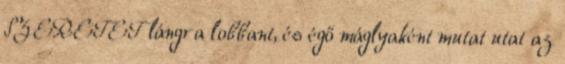
SZERETET lángra lobbant, és égő máglyaként mutat utat az